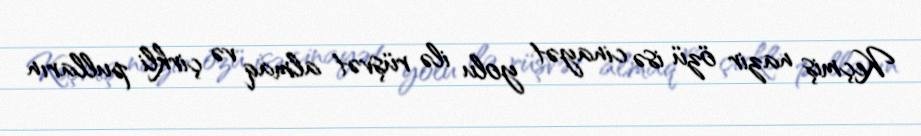
Keçmiş nazir özü isə cinayət yolu ilə rüşvət almaq və çirkli pulların